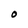
Character: O